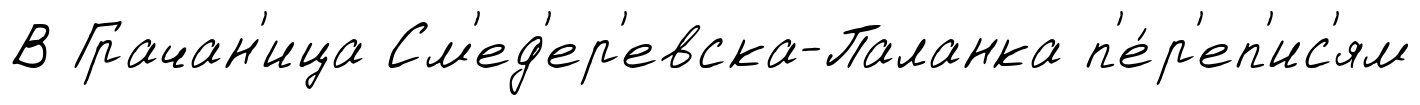
В Грачан'ица См'ед'ер'евска-Паланка п'е́р'еп'ис'ям